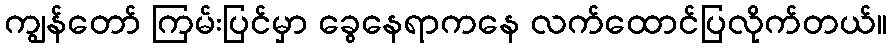
ကျွန်တော် ကြမ်းပြင်မှာ ခွေနေရာကနေ လက်ထောင်ပြလိုက်တယ်။